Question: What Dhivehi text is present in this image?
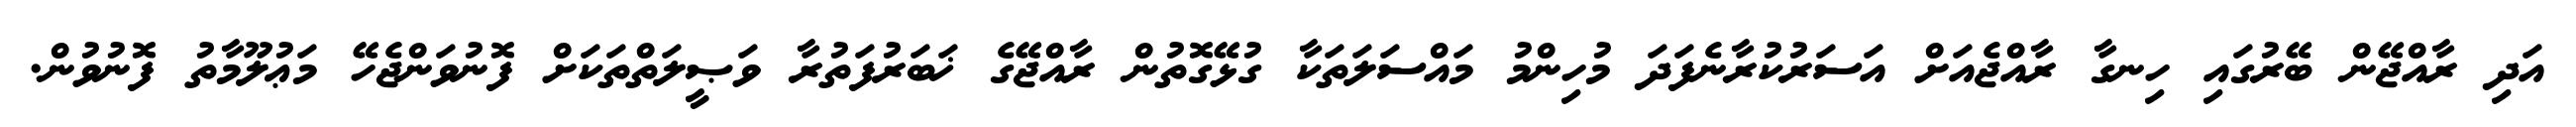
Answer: އަދި ރާއްޖޭން ބޭރުގައި ހިނގާ ރާއްޖެއަށް އަސަރުކުރާނެފަދަ މުހިންމު މައްސަލަތަކާ ގުޅޭގޮތުން ރާއްޖޭގެ ޚަބަރުފަތުރާ ވަޞީލަތްތަކަށް ފޮނުވަންޖެހޭ މަޢުލޫމާތު ފޮނުވުން.